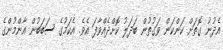
އެދުނު ގޮތަށް ކަންކަން ވަގުތުން ބަދަލު ކޮށްދެއްވާފަ އެވެ. އެކަމުގެ ސަބަބުން އާންމުންގެ